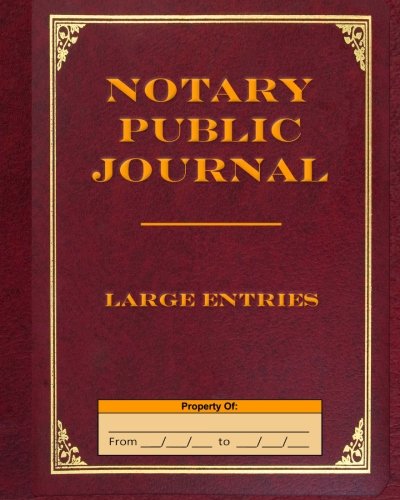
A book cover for Notary Public Journal Large Entries; Angelo Tropea; Business & Money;